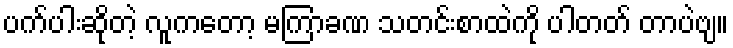
ပက်ပါးဆိုတဲ့ လူကတော့ မကြာခဏ သတင်းစာထဲကို ပါတတ် တာပဲဗျ။